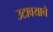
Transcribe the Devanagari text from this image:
उटावयाचे